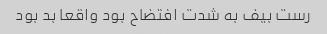
رست بیف به شدت افتضاح بود واقعا بد بود